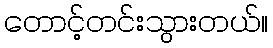
တောင့်တင်းသွားတယ်။